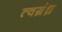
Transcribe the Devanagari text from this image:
त्वग्रंध्र